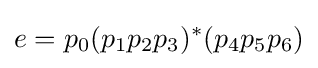
e=p_{0}(p_{1}p_{2}p_{3})^{*}(p_{4}p_{5}p_{6})